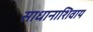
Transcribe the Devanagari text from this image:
साधानाशिवाय